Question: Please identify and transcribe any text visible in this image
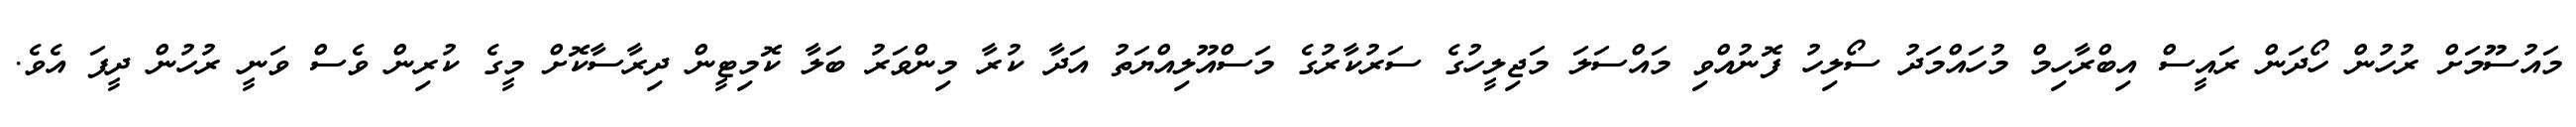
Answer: މައުސޫމަށް ރުހުން ހޯދަން ރައީސް އިބްރާހިމް މުހައްމަދު ސޯލިހު ފޮނުއްވި މައްސަލަ މަޖިލީހުގެ ސަރުކާރުގެ މަސްއޫލިއްޔަތު އަދާ ކުރާ މިންވަރު ބަލާ ކޮމިޓީން ދިރާސާކޮށް މީގެ ކުރިން ވެސް ވަނީ ރުހުން ދީފަ އެވެ.